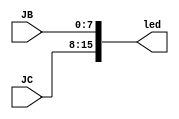
`timescale 1ns / 1ps
//////////////////////////////////////////////////////////////////////////////////
// Company: 
// Engineer: 
// 
// Design Name: 
// Module Name: arcade_wrapper
// Project Name: 
// Target Devices: 
// Tool Versions: 
// Description: 
// 
// Dependencies: 
// 
// Revision:
// Revision 0.01 - File Created
// Additional Comments:
// 
//////////////////////////////////////////////////////////////////////////////////


module arcade_wrapper(
    input [7:0] JC,
    input [7:0] JB,
    output [15:0] led
    );

    assign led[15:8] = JC;
    assign led[7:0]  = JB;
endmodule